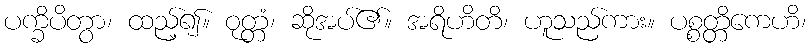
ပက္ခိပိတွာ၊ ထည့်၍။ ဝုတ္တံ၊ ဆိုအပ်၏။ အရိဟိတိ၊ ဟူသည်ကား။ ပစ္စတ္တိကေဟိ၊